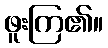
ဖူးကြ၏။